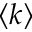
\left< k \right>